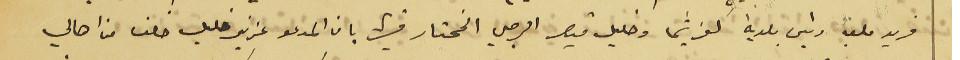
فريد ملعب رئيس بلدية كفرشيما وخليل قيصر الرجي المختار فيها بان المدعو عزيز خليل خلف من اهالي